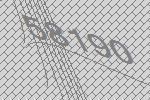
58190